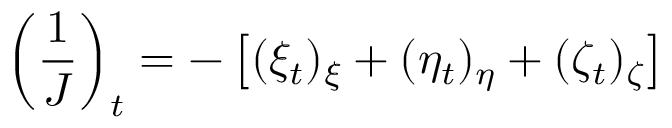
\left( \frac { 1 } { J } \right) _ { t } = - \left[ ( \xi _ { t } ) _ { \xi } + ( \eta _ { t } ) _ { \eta } + ( \zeta _ { t } ) _ { \zeta } \right]